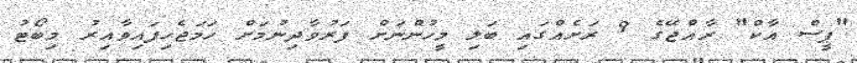
"ޕީސް އާކް" ރާއްޖޭގެ 9 ރަށެއްގައި ބަލި މީހުންނަށް ފަރުވާދިނުމަށް ހަމަޖެހިފައިވާއިރު މިބޯޓު